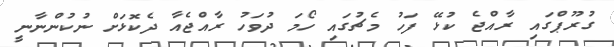
ގުރޫޕްގައި ރާއްޖެ ކުޅޭ ފަހު މެޗުގައި ހޯމަ ދުވަހު ރާއްޖެއާ ދެކޮޅަށް ނުކުންނާނީ